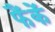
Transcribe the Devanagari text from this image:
फैंकें